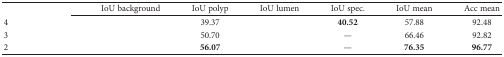
<table><thead><tr><td>[EMPTY_CELL]</td><td><b>IoU background</b></td><td><b>IoU polyp</b></td><td><b>IoU lumen</b></td><td><b>IoU spec.</b></td><td><b>IoU mean</b></td><td><b>Acc mean</b></td></tr></thead><tbody><tr><td>4</td><td>[EMPTY_CELL]</td><td>39.37</td><td>[EMPTY_CELL]</td><td><b>40.52</b></td><td>57.88</td><td>92.48</td></tr><tr><td>3</td><td>[EMPTY_CELL]</td><td>50.70</td><td>[EMPTY_CELL]</td><td>—</td><td>66.46</td><td>92.82</td></tr><tr><td>2</td><td>[EMPTY_CELL]</td><td><b>56.07</b></td><td>[EMPTY_CELL]</td><td>—</td><td><b>76.35</b></td><td><b>96.77</b></td></tr></tbody></table>